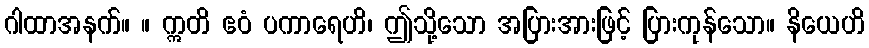
ဂါထာအနက်။ ။ ဣတိ ဧဝံ ပကာရေဟိ၊ ဤသို့သော အပြားအားဖြင့် ပြားကုန်သော။ နိယေဟိ